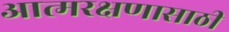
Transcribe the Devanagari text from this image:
आत्मरक्षणासाठी